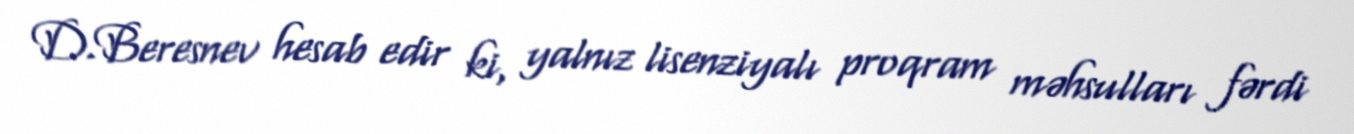
D.Beresnev hesab edir ki, yalnız lisenziyalı proqram məhsulları fərdi